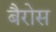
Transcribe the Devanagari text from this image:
बैरोस